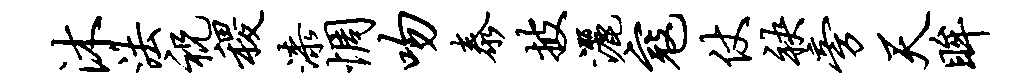
沐法祝稷漆惆吻泰披洒寇仗袂旁天眸